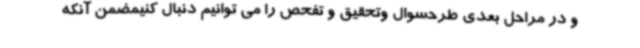
و در مراحل بعدی طرحسوال وتحقیق و تفحص را می توانیم دنبال کنیمضمن آنکه